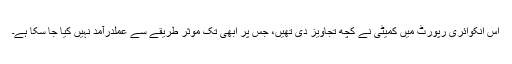
اس انکوائری رپورٹ میں کمیٹی نے کچھ تجاویز دی تھیں، جس پر ابھی تک موثر طریقے سے عملدرآمد نہیں کیا جا سکا ہے۔